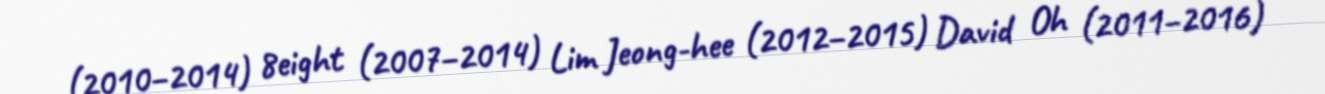
(2010–2014) 8eight (2007–2014) Lim Jeong-hee (2012–2015) David Oh (2011–2016)